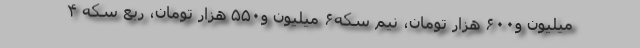
میلیون و۶۰۰ هزار تومان، نیم سکه۶ میلیون و۵۵۰ هزار تومان، ربع سکه ۴